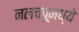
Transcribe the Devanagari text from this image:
नलचंपूमध्ये